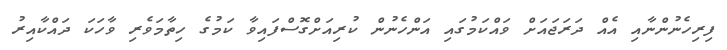
ފިރިހެނުންނާއި އެއް ދަރަޖައަށް ވައްކަމުގައި އަންހެނުން ކުރިއަށްގޮސްފައިވާ ކަމުގެ ހިތާމަވެރި ވާހަކަ ދައްކާއިރު